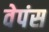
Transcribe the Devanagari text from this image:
वेपंस